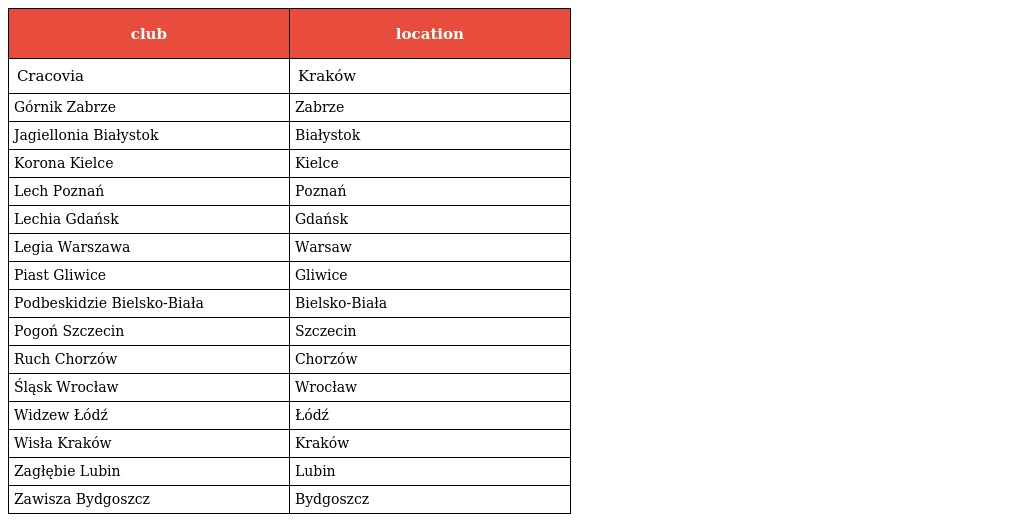
| club | location |
 | --- | --- |
 | Cracovia | Kraków |
 | Górnik Zabrze | Zabrze |
 | Jagiellonia Białystok | Białystok |
 | Korona Kielce | Kielce |
 | Lech Poznań | Poznań |
 | Lechia Gdańsk | Gdańsk |
 | Legia Warszawa | Warsaw |
 | Piast Gliwice | Gliwice |
 | Podbeskidzie Bielsko-Biała | Bielsko-Biała |
 | Pogoń Szczecin | Szczecin |
 | Ruch Chorzów | Chorzów |
 | Śląsk Wrocław | Wrocław |
 | Widzew Łódź | Łódź |
 | Wisła Kraków | Kraków |
 | Zagłębie Lubin | Lubin |
 | Zawisza Bydgoszcz | Bydgoszcz |